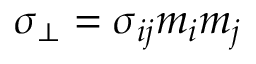
\sigma _ { \bot } = \sigma _ { i j } m _ { i } m _ { j }